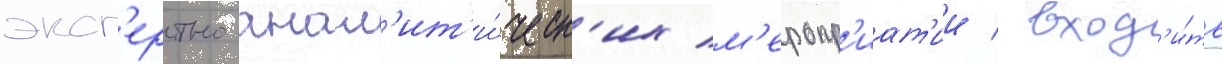
эксп'ертно-анал'ит'и́ческ'их м'еропр'иат'ии / вход'и́ть